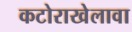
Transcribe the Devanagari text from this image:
कटोराखेलावा